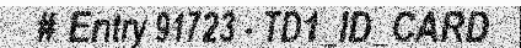
# Entry 91723 - TD1_ID_CARD